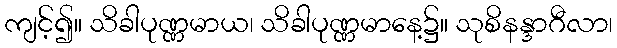
ကျင့်၍။ သိခါပုဏ္ဏမာယ၊ သိခါပုဏ္ဏမာနေ့၌။ သုစိနန္ဒာဂီလာ၊